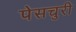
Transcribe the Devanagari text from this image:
पेसचुरी